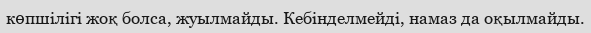
көпшілігі жоқ болса, жуылмайды. Кебінделмейді, намаз да оқылмайды.